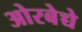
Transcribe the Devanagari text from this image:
ओरबेच्चे